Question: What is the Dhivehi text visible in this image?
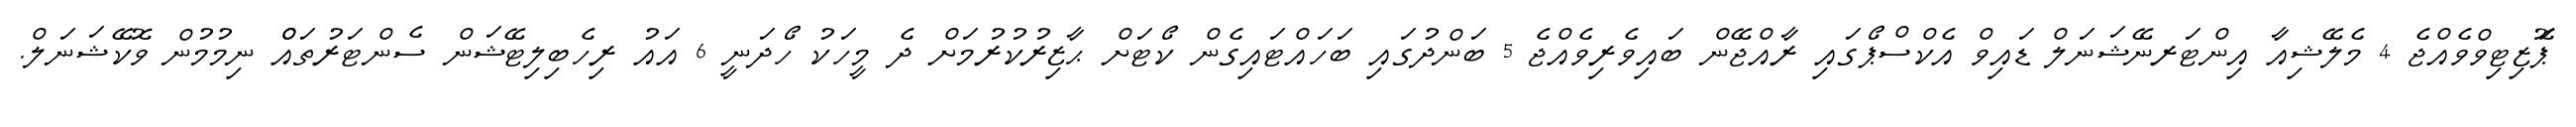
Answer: ޕަޮޒިޓިވްވެއްޖެ 4 މެލޭޝިއާ އިންޓަރނޭޝަނަލް ޑައިވް އެކްސްޕޯގައި ރާއްޖޭން ބައިވެރިވެއްޖެ 5 ބަންދުގައި ބަހައްޓައިގެން ކޯޓަށް ޙާޒިރުކުރުމަށް ދެ މީހަކު ހޯދަނީ 6 އައު ރިހެބިލިޓޭޝަން ސެންޓަރުތައްް ނިމުމުން ވޮކޭޝަނަލް.